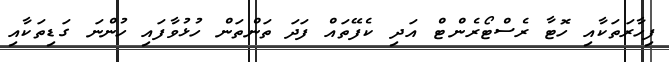
ފިހާރަތަކާއި ހޮޓާ ރެސްޓޯރެންޓް އަދި ކެފޭތައް ފަދަ ތަންތަން ހުޅުވާފައި ހުންނަ ގަޑިތަކާއި